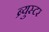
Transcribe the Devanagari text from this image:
ब्र्युस्टर